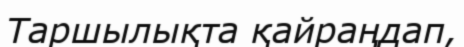
Таршылықта қайраңдап,